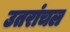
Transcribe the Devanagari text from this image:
उतरांचल